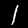
Label: 1